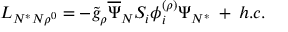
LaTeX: { \cal L } _ { N ^ { * } N \rho ^ { 0 } } = - { \tilde { g } } _ { \rho } \overline { { { \Psi } } } _ { N } S _ { i } \phi _ { i } ^ { ( \rho ) } \Psi _ { N ^ { * } } \: + \: h . c .